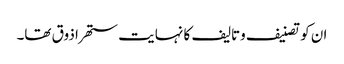
ان کو تصنیف وتالیف کا نہایت ستھرا ذوق تھا۔